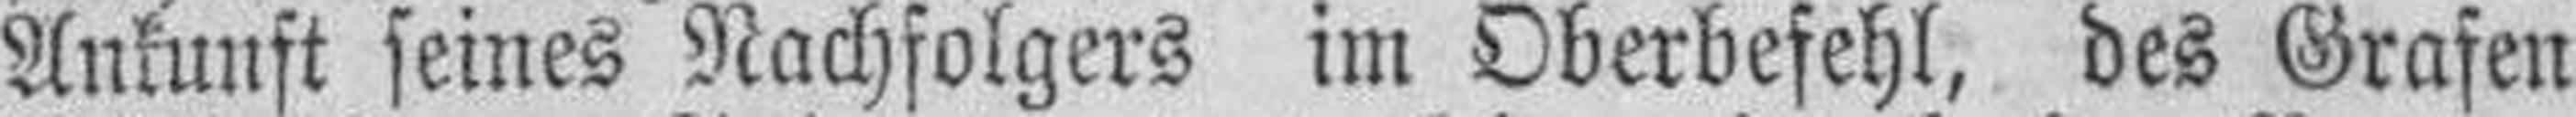
Ankunft seines Nachfolgers im Oberbefehl, des Grafen